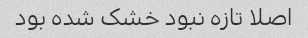
اصلا تازه نبود خشک شده بود